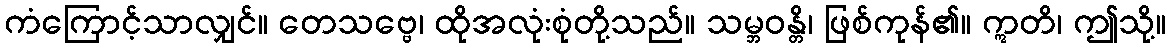
ကံကြောင့်သာလျှင်။ တေသဗ္ဗေ၊ ထိုအလုံးစုံတို့သည်။ သမ္ဘဝန္တိ၊ ဖြစ်ကုန်၏။ ဣတိ၊ ဤသို့။